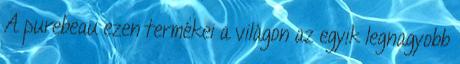
A purebeau ezen termékei a világon az egyik legnagyobb